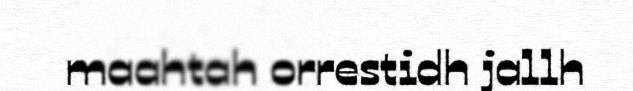
maahtah orrestidh jallh